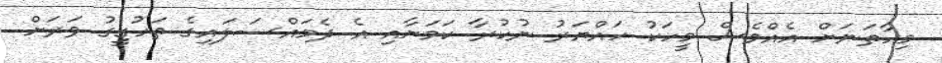
މިހާތަނަށް އެއްވެސް މީހަކު ހައްޔަރު ނުކުރާ ކަމަށާއި އެ ދެމައްސަލައިގެ ތަހުގީގު ވަރަށް